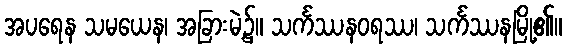
အပရေန သမယေန၊ အခြားမဲ့၌။ သင်္ကဿနဝရဿ၊ သင်္ကဿနမြို့၏။